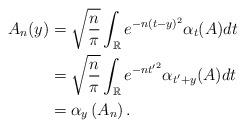
LaTeX: \begin{align*}\begin{aligned}A_n(y)&=\sqrt{\frac{n}{\pi}}\int_\mathbb{R}{e^{-n(t-y)^2}\alpha_t(A) dt}\\&=\sqrt{\frac{n}{\pi}}\int_\mathbb{R}{e^{-n{t^\prime}^2}\alpha_{t^\prime+y}(A) dt} \\&=\alpha_y\left(A_n\right).\\\end{aligned}\end{align*}